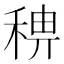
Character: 𥟗